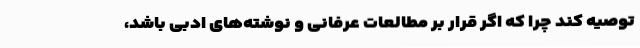
توصیه کند چرا که اگر قرار بر مطالعات عرفانی و نوشته‌های ادبی باشد،